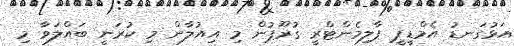
އަޅުގަނޑު އެމްޑީޕީ ޕާލިމެންޓްރީ ގުރޫޕުން މި އިއުލާން މި ކުރަނީ ބައްލަވާ މި